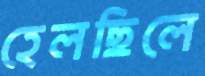
হেলছিলে